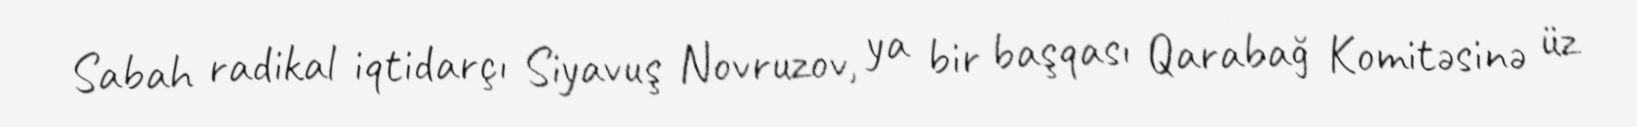
Sabah radikal iqtidarçı Siyavuş Novruzov, ya bir başqası Qarabağ Komitəsinə üz